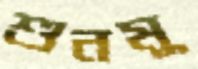
শুনমু